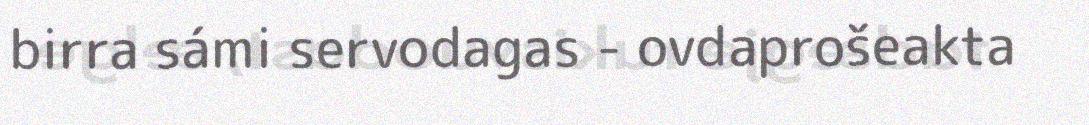
birra sámi servodagas - ovdaprošeakta